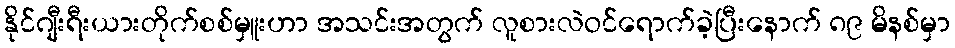
နိုင်ဂျီးရီးယားတိုက်စစ်မှူးဟာ အသင်းအတွက် လူစားလဲဝင်ရောက်ခဲ့ပြီးနောက် ၈၉ မိနစ်မှာ